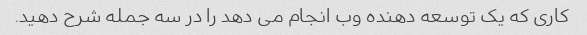
کاری که یک توسعه دهنده وب انجام می دهد را در سه جمله شرح دهید.